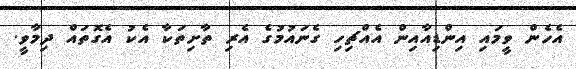
އެހެން ވީމައި އިންޑިއާއިން އެއްޗިހި ގެނައުމުގެ އެރި ތާށިތަކާ އެކު އެގޮތައް ދިމާވީ.